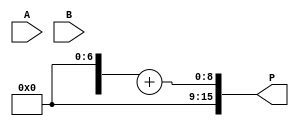
module wallace_tree_multiplier #(parameter n = 8) (
    input  wire [n-1:0] A,
    input  wire [n-1:0] B,
    output wire [2*n-1:0] P
);

    // Partial product generation
    wire [n-1:0] pp [0:n-1]; // Partial products
    genvar i;
    generate
        for (i = 0; i < n; i = i + 1) begin : pp_gen
            assign pp[i] = A & {n{B[i]}}; // ANDing A with each bit of B
        end
    endgenerate

    // Wallace tree reduction
    wire [n-1:0] sum [0:n-1]; // Sums at each stage
    wire [n-1:0] carry [0:n-1]; // Carries at each stage

    // Stage 1: Combine partial products using HAs and FAs
    wire [n-1:0] ha_sum [0:n/2-1];
    wire [n-1:0] ha_carry [0:n/2-1];
    wire [n-1:0] fa_sum [0:n/2-1];
    wire [n-1:0] fa_carry [0:n/2-1];

    generate
        for (i = 0; i < n/2; i = i + 1) begin : stage1
            // Half Adder for the first pair
            assign ha_sum[i] = pp[2*i] ^ pp[2*i + 1];
            assign ha_carry[i] = pp[2*i] & pp[2*i + 1];
        end
        for (i = 0; i < n/2 - 1; i = i + 1) begin : stage1_fa
            // Full Adder for the remaining bits
            assign fa_sum[i] = ha_sum[i] ^ pp[2*i + 2];
            assign fa_carry[i] = (ha_sum[i] & pp[2*i + 2]) | (ha_carry[i] & pp[2*i + 2]);
        end
    endgenerate

    // Stage 2: Continue combining results
    // This stage will depend on the number of bits and may require additional logic
    // For simplicity, we will assume a fixed number of stages

    // Final addition
    wire [2*n-1:0] final_sum;
    wire [2*n-1:0] final_carry;

    // Using a simple adder for final addition
    assign final_sum = {1'b0, sum[n-1]} + {1'b0, carry[n-1]};

    // Output the final product
    assign P = final_sum;

endmodule